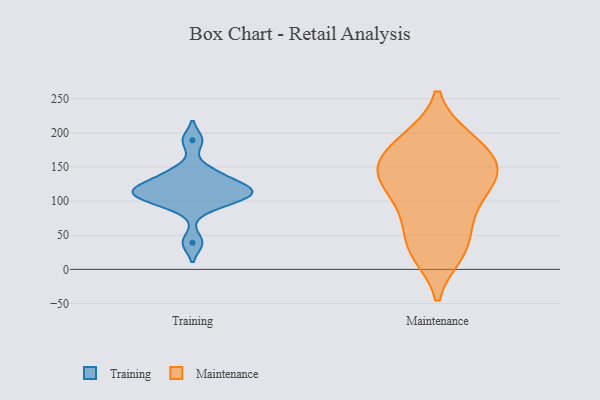
{"axis": {"x": "Temperature (°C)", "y": "Value"}, "legend": ["Maintenance", "Training"], "data": [{"x": "", "y": 106, "type": "Training"}, {"x": "", "y": 189, "type": "Training"}, {"x": "", "y": 115, "type": "Training"}, {"x": "", "y": 93, "type": "Training"}, {"x": "", "y": 114, "type": "Training"}, {"x": "", "y": 145, "type": "Training"}, {"x": "", "y": 123, "type": "Training"}, {"x": "", "y": 117, "type": "Training"}, {"x": "", "y": 135, "type": "Training"}, {"x": "", "y": 102, "type": "Training"}, {"x": "", "y": 39, "type": "Training"}, {"x": "", "y": 72, "type": "Maintenance"}, {"x": "", "y": 155, "type": "Maintenance"}, {"x": "", "y": 141, "type": "Maintenance"}, {"x": "", "y": 188, "type": "Maintenance"}, {"x": "", "y": 146, "type": "Maintenance"}, {"x": "", "y": 141, "type": "Maintenance"}, {"x": "", "y": 95, "type": "Maintenance"}, {"x": "", "y": 191, "type": "Maintenance"}, {"x": "", "y": 187, "type": "Maintenance"}, {"x": "", "y": 29, "type": "Maintenance"}, {"x": "", "y": 33, "type": "Maintenance"}, {"x": "", "y": 24, "type": "Maintenance"}, {"x": "", "y": 131, "type": "Maintenance"}, {"x": "", "y": 91, "type": "Maintenance"}, {"x": "", "y": 141, "type": "Maintenance"}]}